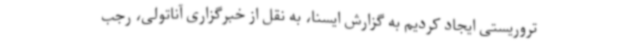
تروریستی ایجاد کردیم به گزارش ایسنا، به نقل از خبرگزاری آناتولی، رجب